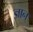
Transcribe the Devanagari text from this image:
ज्ञान्